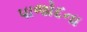
પાજોદના